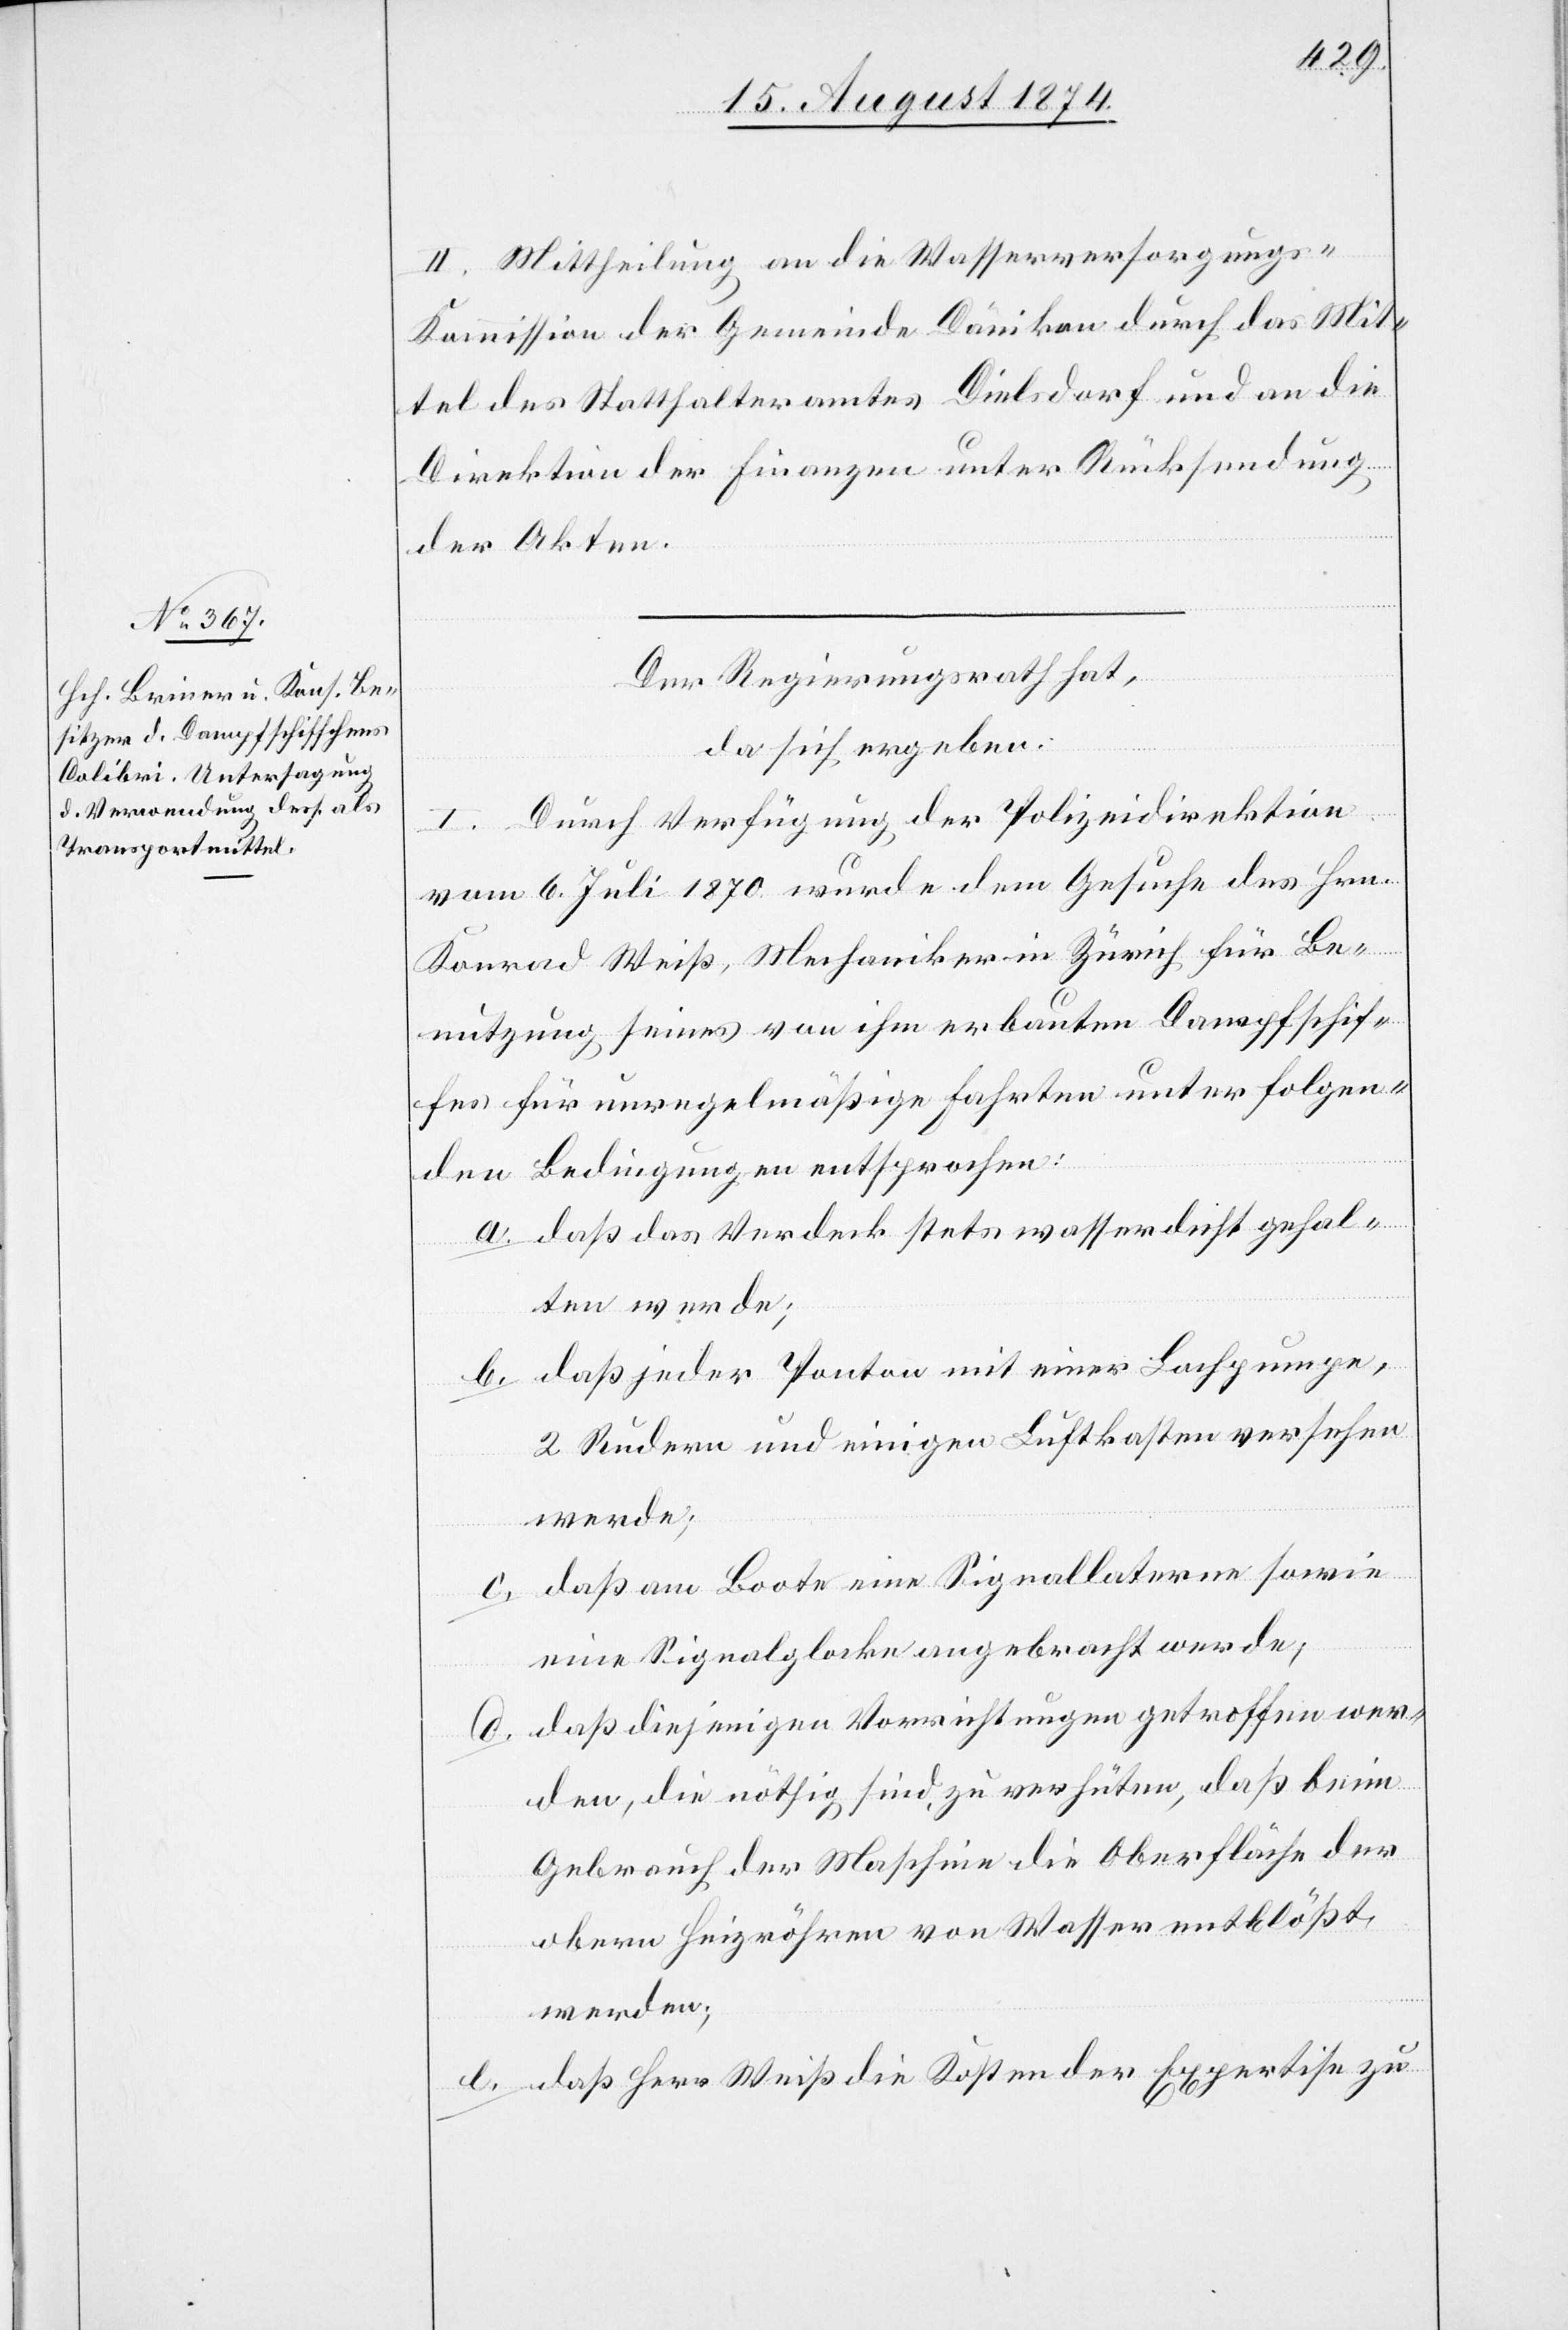
II. Mittheilung an die Wasserversorgung¬
s-Kommission der Gemeinde Dänikon durch das Mit¬
tel des Statthalteramtes Dielsdorf und an die
Direktion der Finanzen unter Rücksendung
mit
der Akten.
Der Regierungsrath hat,
da sich ergeben:
I. Durch Verfügung der Polizeidirektion
vom 6. Juli 1870 wurde dem Gesuche des Hrn.
Konrad Weiß, Mechaniker in Zürich für Be¬
nutzung seines von ihm erbauten Dampfschif¬
fes für unregelmäßige Fahrten unter folgen¬
den Bedingungen entsprochen:
a. daß das Verdeck stets wasserdicht gehal¬
ten werde;
2 Rudern und einigen Luftkasten versehen
werde;
c. daß am Boote eine Signallaterne sowie
eine Signalglocke angebracht werde;
d. daß diejenigen Vorrichtungen getroffen wer¬
den, die nöthig sind, zu verhüten, daß beim
Gebrauch der Maschine die Oberfläche der
obern Heizröhren von Wasser entblößt
werden;
e. daß Herr Weiß die Kosten der Expertise zu